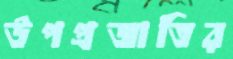
উপপ্রজাতির